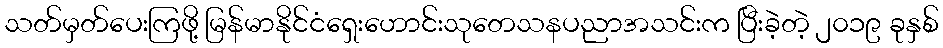
သတ်မှတ်ပေးကြဖို့ မြန်မာနိုင်ငံရှေးဟောင်းသုတေသနပညာအသင်းက ပြီးခဲ့တဲ့ ၂၀၁၉ ခုနှစ်